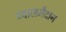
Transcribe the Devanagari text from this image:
ग्वालमैदान